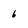
Character: 6